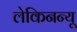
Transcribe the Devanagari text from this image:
लेकिनन्यू